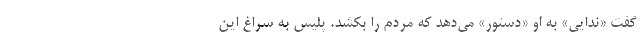
گفت «ندایی» به او «دستور» می‌دهد که مردم را بکشد. پلیس به سراغ این